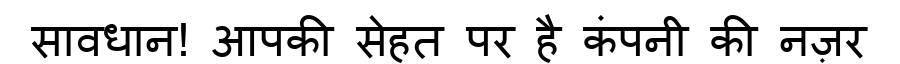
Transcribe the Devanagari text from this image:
सावधान! आपकी सेहत पर है कंपनी की नज़र